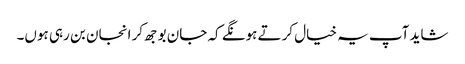
شاید آپ یہ خیال کرتے ہونگے کہ جان بوجھ کر انجان بن رہی ہوں۔